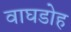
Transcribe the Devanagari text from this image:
वाघडोह